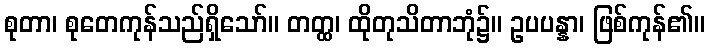
စုတာ၊ စုတေကုန်သည်ရှိသော်။ တတ္ထ၊ ထိုတုသိတာဘုံ၌။ ဥပပန္နာ၊ ဖြစ်ကုန်၏။